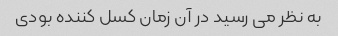
به نظر می رسید در آن زمان کسل کننده بودی